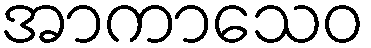
အာကာသေဝ